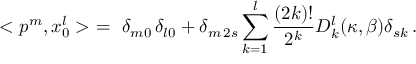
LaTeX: < p ^ { m } , x _ { 0 } ^ { l } > \ = \ \delta _ { m 0 } \, \delta _ { l 0 } + \delta _ { m \, 2 s } \sum _ { k = 1 } ^ { l } \frac { ( 2 k ) ! } { 2 ^ { k } } D _ { k } ^ { l } ( \kappa , \beta ) \delta _ { s k } \, .